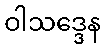
ဝါသဒ္ဒေန